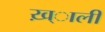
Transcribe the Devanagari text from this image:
ख़्ाली